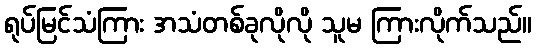
ရုပ်မြင်သံကြား အသံတစ်ခုလိုလို သူမ ကြားလိုက်သည်။